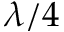
\lambda / 4